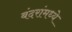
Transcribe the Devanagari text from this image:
बंदरांमध्ये